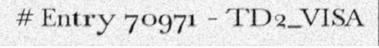
# Entry 70971 - TD2_VISA